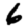
Digit: 6